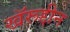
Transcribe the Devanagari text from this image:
खॅरूद्दीन